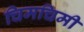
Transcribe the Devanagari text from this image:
चिमचिमी